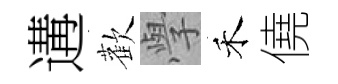
遘歡𭓕禾僥